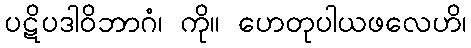
ပဋိပဒါဝိဘာဂံ၊ ကို။ ဟေတုပါယဖလေဟိ၊